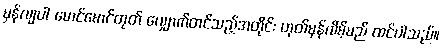
မှန်လျပါ မောင်မောင်တုတ် လျှောက်တင်သည့်အတိုင်း ဟုတ်မှန်လိမ့်မည် ထင်ပါသည်။